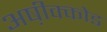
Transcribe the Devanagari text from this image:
अष़ीक्कोड